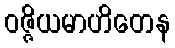
ဝဇ္ဇိယမာဟိတေန